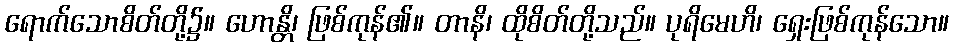
ရောက်သောစိတ်တို့၌။ ဟောန္တိ၊ ဖြစ်ကုန်၏။ တာနိ၊ ထိုစိတ်တို့သည်။ ပုရိမေဟိ၊ ရှေးဖြစ်ကုန်သော။